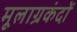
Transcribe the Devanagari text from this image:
मूलाग्रकंदों